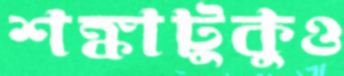
শঙ্কাটুকুও